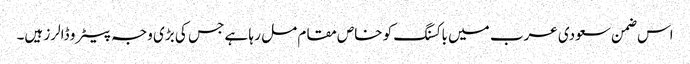
اس ضمن سعودی عرب میں باکسنگ کو خاص مقام مل ر ہا ہے جس کی بڑی وجہ پیٹرو ڈالرز ہیں۔